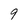
Character: 9